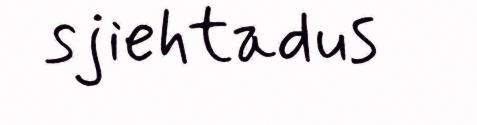
sjiehtadus